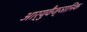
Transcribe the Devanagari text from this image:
आर्युवैज्ञानिक